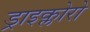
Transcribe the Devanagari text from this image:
ड्राइक्लोरो